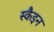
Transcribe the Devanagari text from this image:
स्कैइन